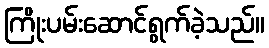
ကြိုးပမ်းဆောင်ရွက်ခဲ့သည်။